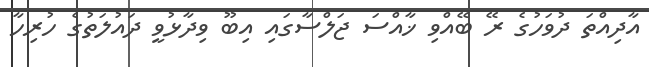
އާދިއްތަ ދުވަހުގެ ރޭ ބޭއްވި ޚާއްސަ ޖަލްސާގައި އިބޫ ވިދާޅުވީ ދައުލަތުގެ ހުރިހާ